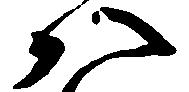
八